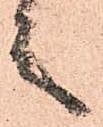
言